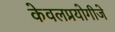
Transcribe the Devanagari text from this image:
केवलप्रयोगीजे